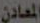
المعادن